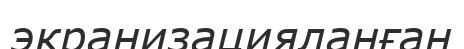
экранизацияланған